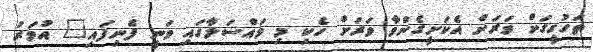
ތަހުގީގަށް ވަރަށް އެކަށީގެންވާ ވަރަށް ހެކި މި މައްސަލާގައި ވަނީ ފެނިފައި" އުމަރު